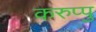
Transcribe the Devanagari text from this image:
करुप्पु